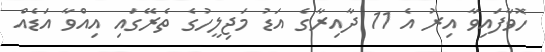
ހޮވާފައިވާ އިރު އެ 11 ދާއިރާގެ އަޑު މަޖިލީހުގެ ތެރޭގައި އިއްވާ އަޑެއް